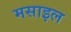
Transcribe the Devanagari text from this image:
मसाइल